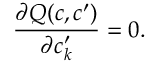
\frac { \partial Q ( c , c ^ { \prime } ) } { \partial c _ { k } ^ { \prime } } = 0 .